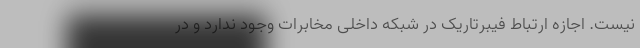
نیست. اجازه ارتباط فیبرتاریک در شبکه داخلی مخابرات وجود ندارد و در